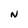
Character: N